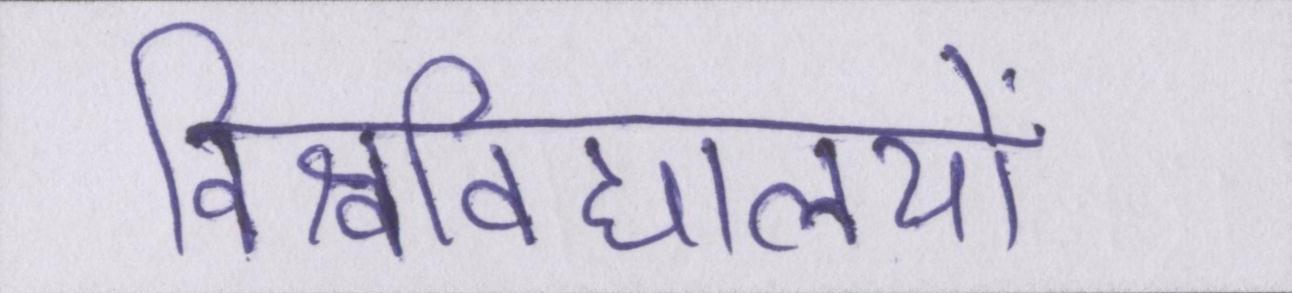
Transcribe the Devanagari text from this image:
विश्वविद्यालयों